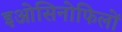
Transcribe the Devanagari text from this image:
इओसिनोफिलों